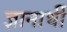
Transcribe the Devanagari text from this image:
ज्ञानार्थी